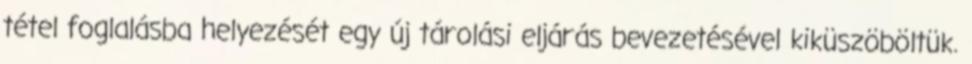
tétel foglalásba helyezését egy új tárolási eljárás bevezetésével kiküszöböltük.